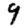
Digit: 9